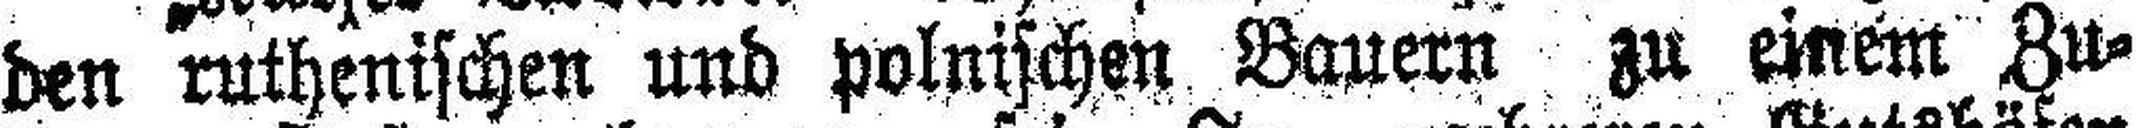
den ruthenischen und polnischen Bauern zu einem Zu¬